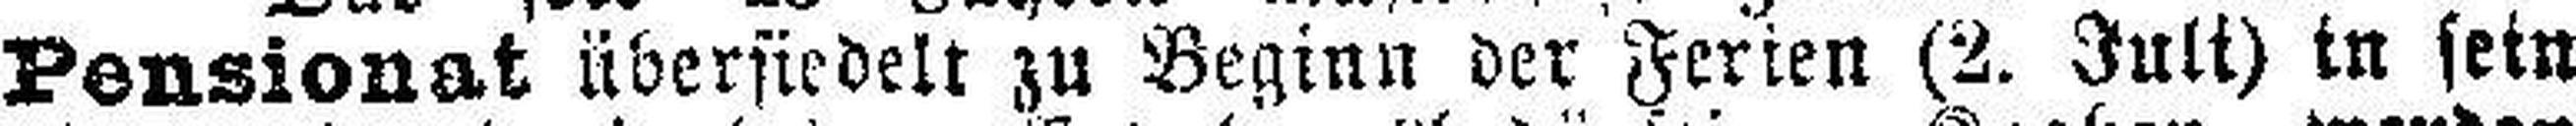
Pensionat übersiedelt zu Beginn der Ferien (2. Juli) in sein